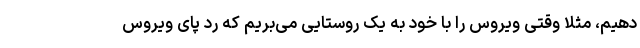
دهیم، مثلا وقتی ویروس را با خود به یک روستایی می‌بریم که رد پای ویروس